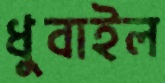
ধুবাইল